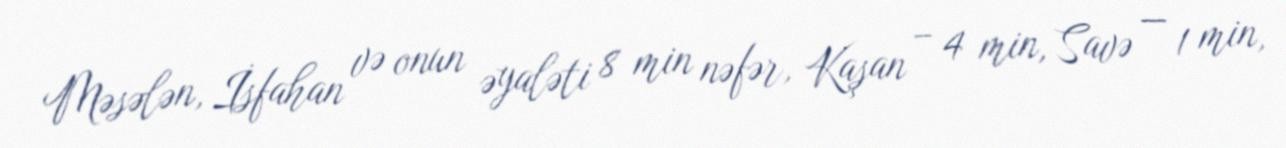
Məsələn, İsfahan və onun əyaləti 8 min nəfər, Kaşan – 4 min, Savə — 1 min,